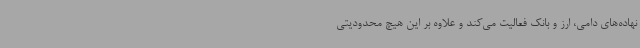
نهاده‌های دامی، ارز و بانک فعالیت می‌کند و علاوه بر این هیچ محدودیتی